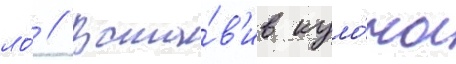
ло́ // Вста́в'ив куло́ны